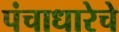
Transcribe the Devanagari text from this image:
पंचाधारेचे